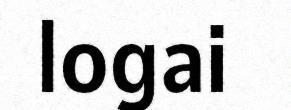
logai